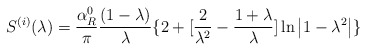
\begin{align*}S^{(i)}(\lambda )=\frac{\alpha _R^0}\pi \frac{(1-\lambda )}\lambda\{2+[\frac 2{\lambda ^2}-\frac{1+\lambda }\lambda ]\ln \left| 1-\lambda^2\right| \}\end{align*}